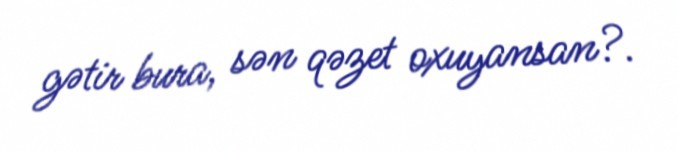
gətir bura, sən qəzet oxuyansan?.